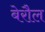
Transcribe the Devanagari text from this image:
बेरौल